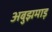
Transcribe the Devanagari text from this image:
अबुझमाड़